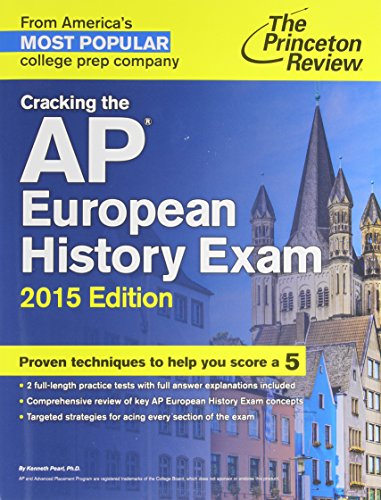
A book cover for Cracking the AP European History Exam, 2015 Edition (College Test Preparation); Princeton Review; History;